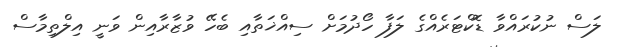
ލަސް ނުކުރައްވާ ޑޮކްޓަރެއްގެ ލަފާ ހޯދުމަށް ސިއްޚަތާއި ބެހޭ ވުޒާރާއިން ވަނީ އިލްތިމާސް